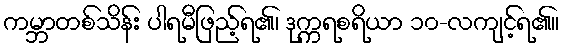
ကမ္ဘာတစ်သိန်း ပါရမီဖြည့်ရ၏၊ ဒုက္ကရစရိယာ ၁၀-လကျင့်ရ၏။